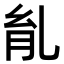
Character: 𦙌